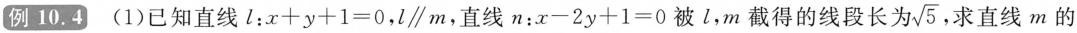
(1)已知直线l：x+y+1=0，L/m，直线n：x-2y+1=0被l，m截得的线段长为5，求直线m的